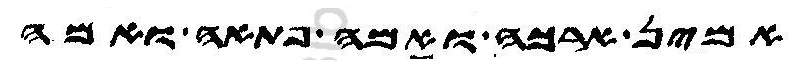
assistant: אמין ארכה ואמה פתאה ואמה